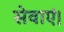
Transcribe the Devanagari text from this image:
सेवाएं।